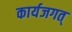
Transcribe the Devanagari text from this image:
कार्यजगत्